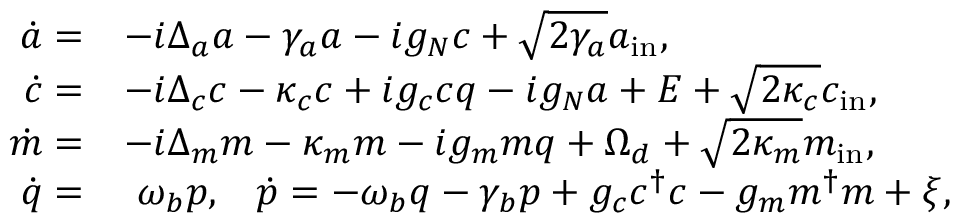
\begin{array} { r l } { \dot { a } = } & { - i \Delta _ { a } a - \gamma _ { a } a - i g _ { N } c + \sqrt { 2 \gamma _ { a } } a _ { \mathrm { i n } } , } \\ { \dot { c } = } & { - i \Delta _ { c } c - \kappa _ { c } c + i g _ { c } c q - i g _ { N } a + E + \sqrt { 2 \kappa _ { c } } c _ { \mathrm { i n } } , } \\ { \dot { m } = } & { - i \Delta _ { m } m - \kappa _ { m } m - i g _ { m } m q + \Omega _ { d } + \sqrt { 2 \kappa _ { m } } m _ { \mathrm { i n } } , } \\ { \dot { q } = } & { \ \omega _ { b } p , \, \, \, \, \, \dot { p } = - \omega _ { b } q - \gamma _ { b } p + g _ { c } c ^ { \dagger } c - g _ { m } m ^ { \dagger } m + \xi , } \end{array}